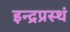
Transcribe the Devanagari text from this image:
इन्द्रप्रस्थं